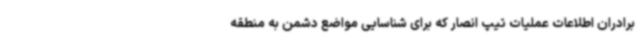
برادران اطلاعات عملیات تیپ انصار که برای شناسایی مواضع دشمن به منطقه